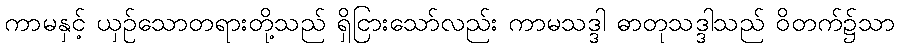
ကာမနှင့် ယှဉ်သောတရားတို့သည် ရှိငြားသော်လည်း ကာမသဒ္ဒါ ဓာတုသဒ္ဒါသည် ဝိတက်၌သာ